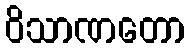
ဝိသာဏတော